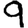
Digit: 9